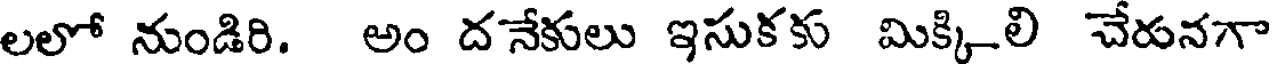
లలో నుండిరి. అం దనేకులు ఇసుకకు మిక్కిలి చేరునగా